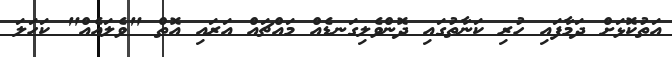
އަތުކޮޅަށް ދަމާފައި ހުރި ކަނާތުގައި ދޮންވެލިގަނޑެއް މައްޗައް އަރައި އޮތް "ވެލައެއް" ކަހަލަ